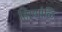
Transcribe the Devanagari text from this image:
तिरुमोळि